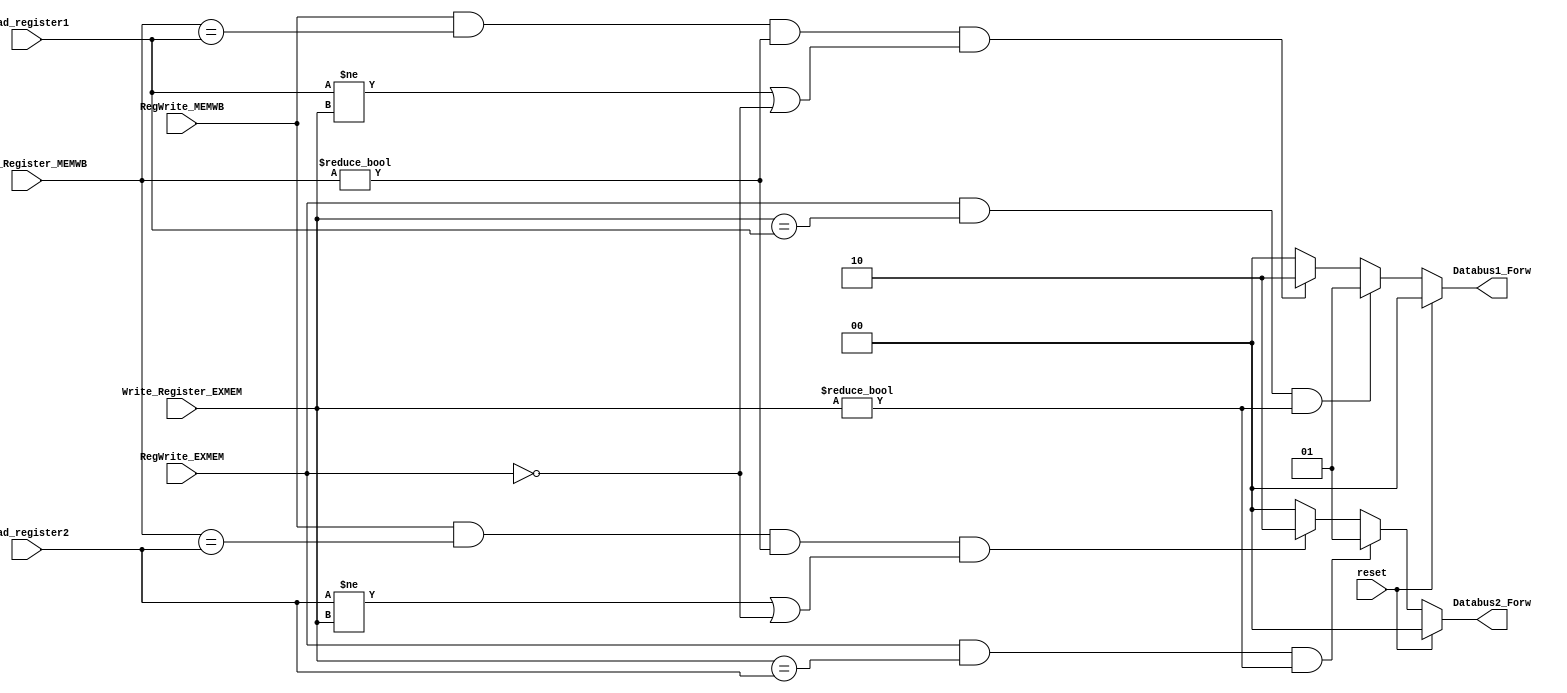
`timescale 1ns / 1ps
//////////////////////////////////////////////////////////////////////////////////
// Company: 
// Engineer: 
// 
// Design Name: 
// Module Name: forwarding
// Project Name: 
// Target Devices: 
// Tool Versions: 
// Description: 
// 
// Dependencies: 
// 
// Revision:
// Revision 0.01 - File Created
// Additional Comments:
// 
//////////////////////////////////////////////////////////////////////////////////


module Forwarding(
	RegWrite_MEMWB, RegWrite_EXMEM, reset,
	Databus1_Forw, Databus2_Forw, // control signals of Databus 1 and 2
	Read_register1, Read_register2, // IDEX stage
	Write_Register_EXMEM, Write_Register_MEMWB
);
	input reset;
	input RegWrite_MEMWB;
	input RegWrite_EXMEM;
	input [4:0] Write_Register_EXMEM;
	input [4:0] Write_Register_MEMWB;
	input [4:0] Read_register1;
	input [4:0] Read_register2;
	output reg [1:0] Databus1_Forw; // control the ALUin_1
	output reg [1:0] Databus2_Forw; // control the ALUin_2
	
	always @(*) begin
		if (reset) begin
			Databus1_Forw = 0;
			Databus2_Forw = 0;
		end
		else begin
			// EXMEM forwarding
			if ( RegWrite_EXMEM & (Write_Register_EXMEM == Read_register1) & (Write_Register_EXMEM != 0))
				Databus1_Forw = 1;
			else if ( RegWrite_MEMWB & (Write_Register_MEMWB == Read_register1) & (Write_Register_MEMWB != 0) & ( Read_register1 != Write_Register_EXMEM | ~RegWrite_EXMEM))
				Databus1_Forw = 2;
			else Databus1_Forw = 0;
			
			
			if ( RegWrite_EXMEM & (Write_Register_EXMEM == Read_register2) & (Write_Register_EXMEM != 0))
				Databus2_Forw = 1;
			else if ( RegWrite_MEMWB & (Write_Register_MEMWB == Read_register2) & (Write_Register_MEMWB != 0) & ( Read_register2 != Write_Register_EXMEM | ~RegWrite_EXMEM))
				Databus2_Forw = 2;
			else Databus2_Forw = 0;
			
		end
	end
endmodule